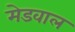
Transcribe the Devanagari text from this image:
मेडवाल